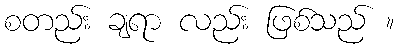
စတည်း ချရာ လည်း ဖြစ်သည် ။